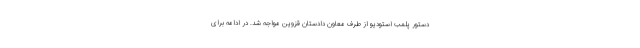
دستور پلمب استودیو از طرف معاون دادستان قزوین مواجه شد. در ادامه برای